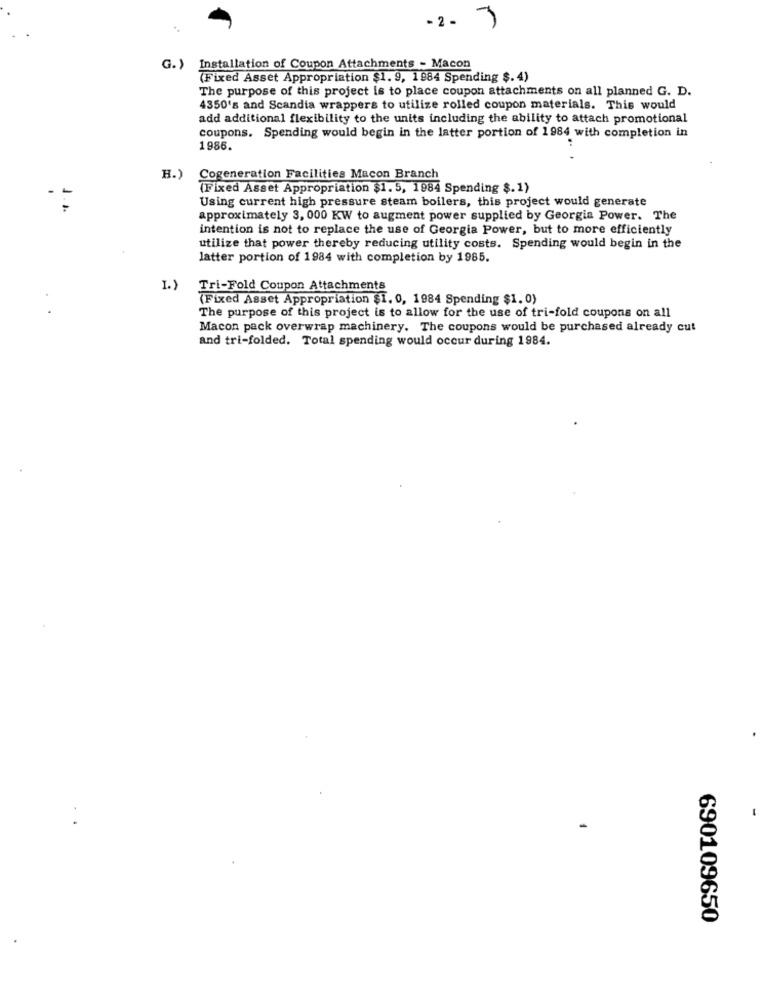
-2 -
G.)
Installation of Coupon Attachments - Macon
(Fixed Asset Appropriation $1. 9, 1984 Spending $. 4)
The purpose of this project is to place coupon attachments on all planned G. D.
4350's and Scandia wrappers to utilize rolled coupon materials. This would
add additional flexibility to the units including the ability to attach promotional
coupons. Spending would begin in the latter portion of 1984 with completion in
1986.
H.)
Cogeneration Facilities Macon Branch
(Fixed Asset Appropriation $1. 5, 1984 Spending $. 1)
Using current high pressure steam boilers, this project would generate
approximately 3, 000 KW to augment power supplied by Georgia Power. The
intention is not to replace the use of Georgia Power, but to more efficiently
utilize that power thereby reducing utility costs. Spending would begin in the
latter portion of 1984 with completion by 1985.
I.)
Tri-Fold Coupon Attachments
(Fixed Asset Appropriation $1. 0, 1984 Spending $1.0)
The purpose of this project is to allow for the use of tri-fold coupons on all
Macon pack overwrap machinery. The coupons would be purchased already cut
and tri-folded. Total spending would occur during 1984.
690109650